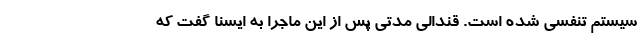
سیستم تنفسی شده است. قندالی مدتی ‌پس از این ماجرا به ایسنا گفت که